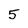
Character: 5